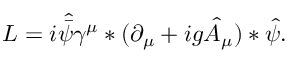
{ \cal L } = i \hat { \bar { \psi } } \gamma ^ { \mu } * ( \partial _ { \mu } + i g \hat { A } _ { \mu } ) * \hat { \psi } .